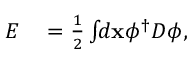
\begin{array} { r l } { E } & { { } = \frac { 1 } { 2 } \int \! \! d \mathbf { x } \phi ^ { \dagger } D \phi , } \end{array}